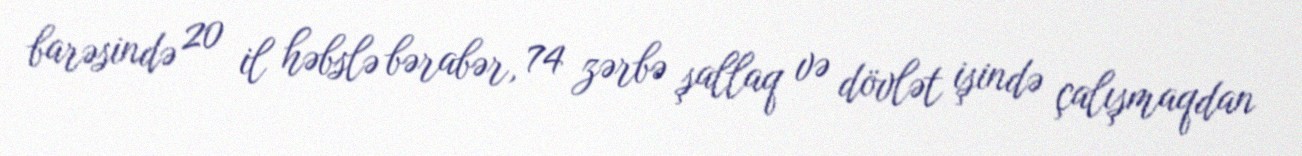
barəsində 20 il həbslə bərabər, 74 zərbə şallaq və dövlət işində çalışmaqdan